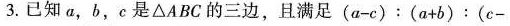
3.已知a，b，c是△ABC的三边，且满足$$( a - c ) ： ( a + b ) ： ( c -